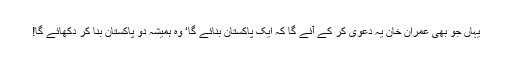
یہاں جو بھی عمران خان یہ دعویٰ کر کے آئے گا کہ ایک پاکستان بنائے گا‘ وہ ہمیشہ دو پاکستان بنا کر دکھائے گا!